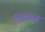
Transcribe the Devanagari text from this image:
मुतरम्मन